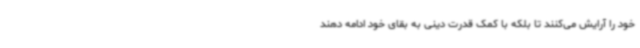
خود را آرایش می‌کنند تا بلکه با کمک قدرت دینی به بقای خود ادامه دهند